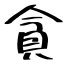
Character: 貪